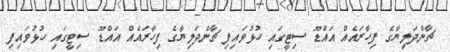
ޗާންދަލިޔާގެ ފިހާރައެއް އައްޑޫ ސިޓީގައި ހުޅުވައިފި ޗާންދަލިޔާގެ ފިހާރައެއް އައްޑޫ ސިޓީގައި ހުޅުވައިފި